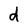
Character: d